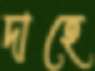
দাহে